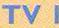
TV 1